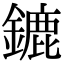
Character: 鏕